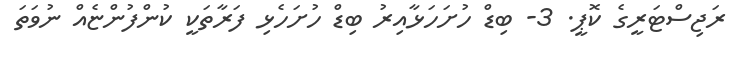
ރަޖިސްޓަރީގެ ކޮޕީ. 3- ބިޑް ހުށަހަޅާއިރު ބިޑް ހުށަހެޅި ފަރާތަކީ ކުންފުންޏެއް ނުވަތަ